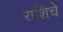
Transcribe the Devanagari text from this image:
राशिचे